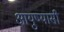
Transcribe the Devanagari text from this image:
आयुष्यासी